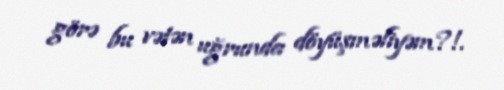
görə bu vətən uğrunda döyüşməliyəm?!.